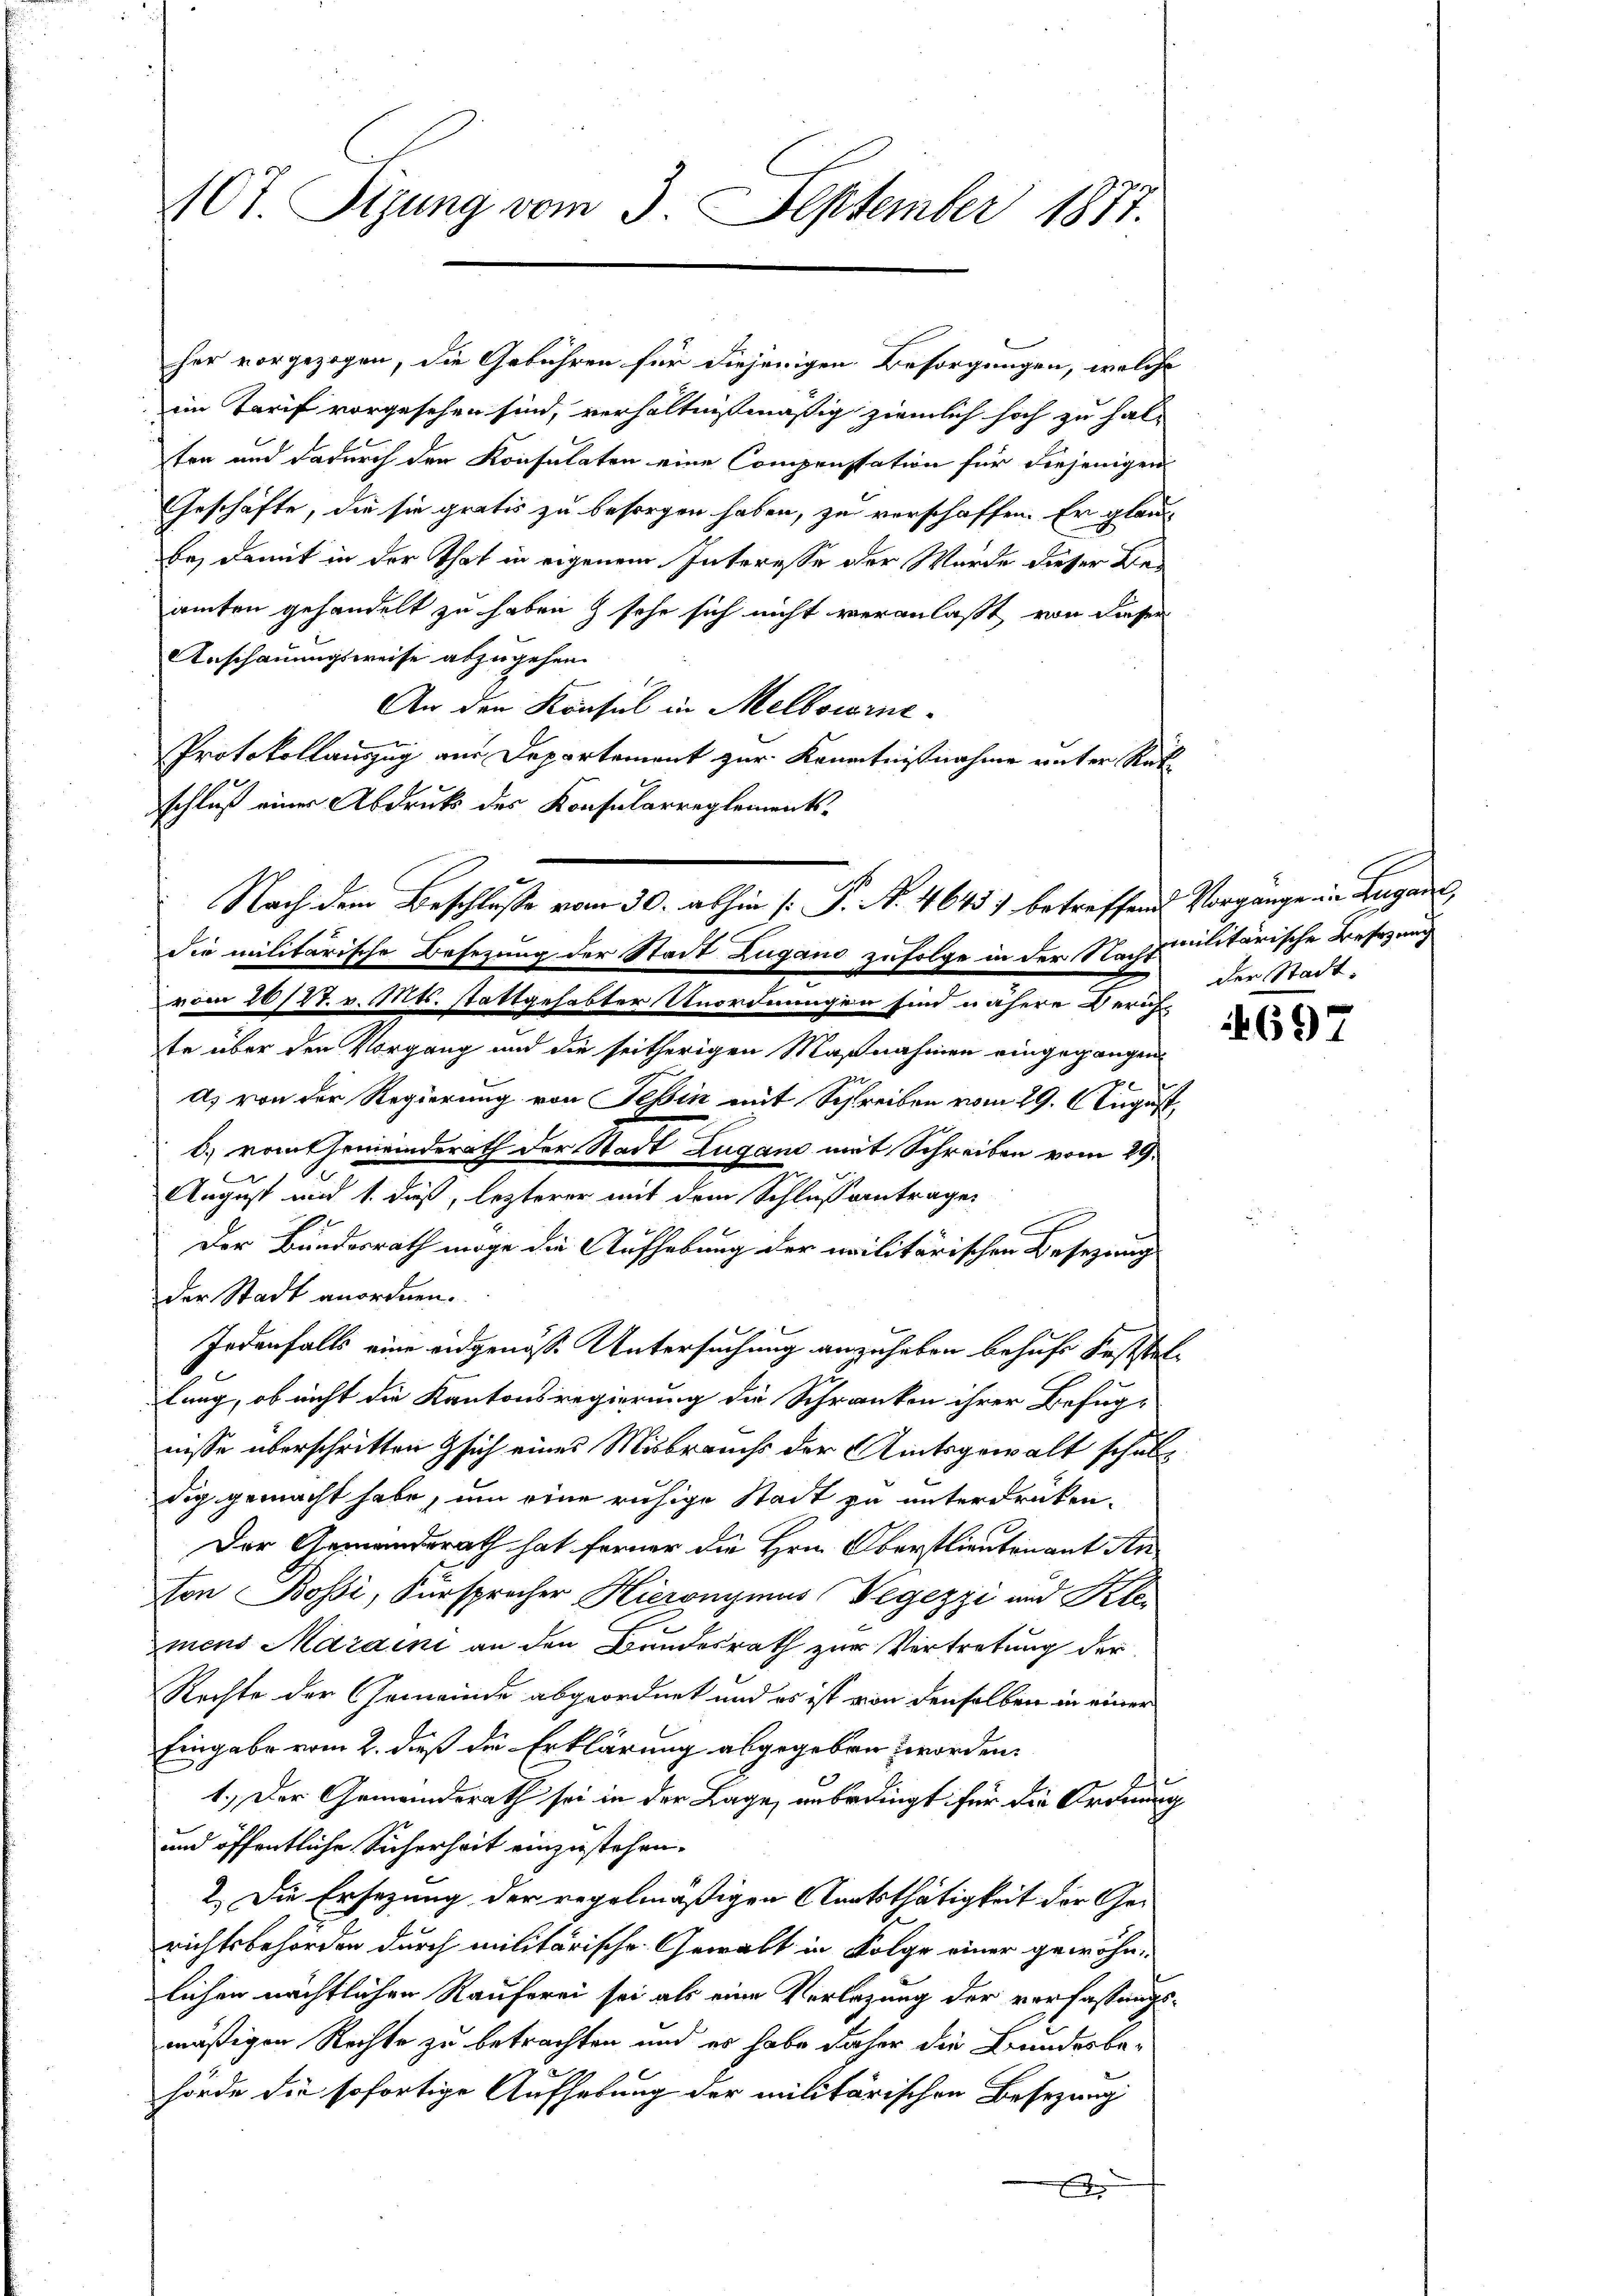
ACt. Sitzung vom 3. September 1877.

her vorgezogen, die Gebühren für diejenigen Besorgungen, welche
im Tarif vorgesehen sind, verhältnißmäßig ziemlich hoch zu halten und dadurch der Konsulaten eine Compenstation für diejenigen
Geschäfte, die sie gratis zu besorgen haben, zu verschaffen. Er glau
bey damit in der That in eigenem Interesse der Wurde dieser Beamten gehandelt zu haben & sehe sich nicht veranlaßt, von dieser
Anschauungsweise abzugehen.
An den Konsul in Melbowine¬
Protokollauszug aus Departement zur Kenntnißnahme unter Rat
schluß einer Abdruk des Konsularreglementste über den Vorgang und die seitherigen Maßnahmen eingegangen.
es
d) von der Regierung von Teßin mit Schreiben vom 29. August,
Der Bundesrath möge die Aufhebung der militärischen Besetzung
der Stadt anordnen.

Jedenfalls eine eidgenösse Untersuchung anzuheben behufe feststellung, ob nicht die Kantonsregierung die Schranken ihrer Befug-
nisse überschritten sich eines Misbrauchs der Amtsgewalt schuldig gemacht habe, um eine ruhige Stadt zu unterdrücken.
Der Gemeinderath hat ferner die Hrn. Oberstlieutenant Anton Bossi, Fürsprecher Hieronymus Legezzi und Klei
mens Maraini an den Bundesrath zur Vertretung der
Rechte der Gemeinde abgeordnet und es ist von denselben in einer
Eingabe vom 2. dieß die Erklärung abgegeben worden.
1
1.) Der Gemeindsrath sei in der Lage, unbedingt für die Ordnung
und öffentliche Sicherheit einzustehen.
2. Die Ersezung der regelmäßigen Aartsthätigkeit der Gerichtsbehörden durch militärische Gewalt in Folge einer gewöhnlichen nächtlichen Rauferei sei als eine Verlegung der verfassungsmäßigen Rechte zu betrachten und es habe daher die Bundesbehörde die sofortige Aufhebung der militärischen Besezung
A

Nach dem Beschlusse vom 30. abhin (: P. Nr. 4645 betreffend Vorgange in Lugans,
die militärische Besetzung der Stadt Zugano zufolge in der Nachsmilitärische Besezung
vom 20187. v. Mts. stattgehabter Unordnungen sind nähere Zürich-

b) vom Gemeinderath der Stadt Zugano mit Schreiben vom 29.
August und 1. dieß, lezterer mit dem Schlussantrage

der Stadt.

697